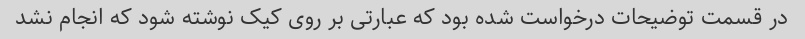
در قسمت توضیحات درخواست شده بود که عبارتی بر روی کیک نوشته شود که انجام نشد